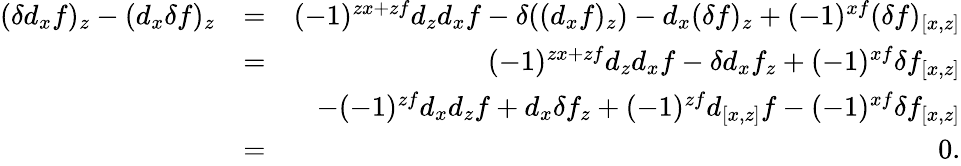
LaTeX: \begin{array}{rlr}{(\delta d_{x}f)_{z}-(d_{x}\delta f)_{z}}&{=}&{(-1)^{zx+zf}d_{z}d_{x}f-\delta((d_{x}f)_{z})-d_{x}(\delta f)_{z}+(-1)^{xf}(\delta f)_{[x,z]}}\\ &{=}&{(-1)^{zx+zf}d_{z}d_{x}f-\delta d_{x}f_{z}+(-1)^{xf}\delta f_{[x,z]}}\\ &{}&{-(-1)^{zf}d_{x}d_{z}f+d_{x}\delta f_{z}+(-1)^{zf}d_{[x,z]}f-(-1)^{xf}\delta f_{[x,z]}}\\ &{=}&{0.}\end{array}